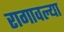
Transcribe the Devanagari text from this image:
रागावल्या